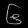
Digit: ၆